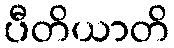
ပီတိယာတိ